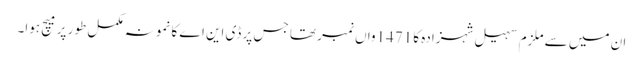
ان میں سے ملزم سہیل شہزادہ کا 1471واں نمبر تھا جس پر ڈی این اے کا نمونہ مکمل طور پر میچ ہوا۔